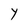
Character: Y